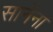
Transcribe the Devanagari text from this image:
सानेंना